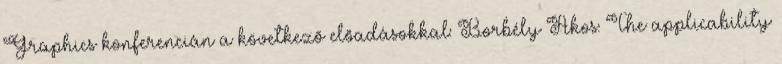
Graphics konferencián a következõ elõadásokkal: Borbély Ákos: The applicability